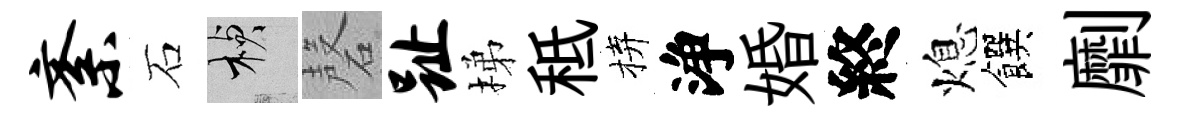
紊石楨磬趾梯秪拚浄婚終熄饌劘